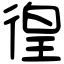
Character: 徨